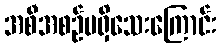
အစီအစဉ်မရှိသေးကြောင်း